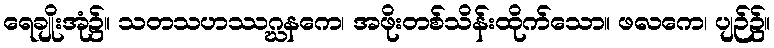
ရေချိုးအုံ၌။ သတသဟဿဂ္ဃနကေ၊ အဖိုးတစ်သိန်းထိုက်သော။ ဖလကေ၊ ပျဉ်၌။